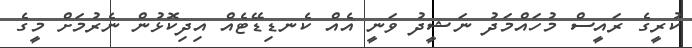
ކުރީގެ ރައީސް މުހައްމަދު ނަޝީދު ވަނީ އެއް ކެނޑިޑޭޓެއް އިދިކޮޅުން ނެރުމަށް މީގެ